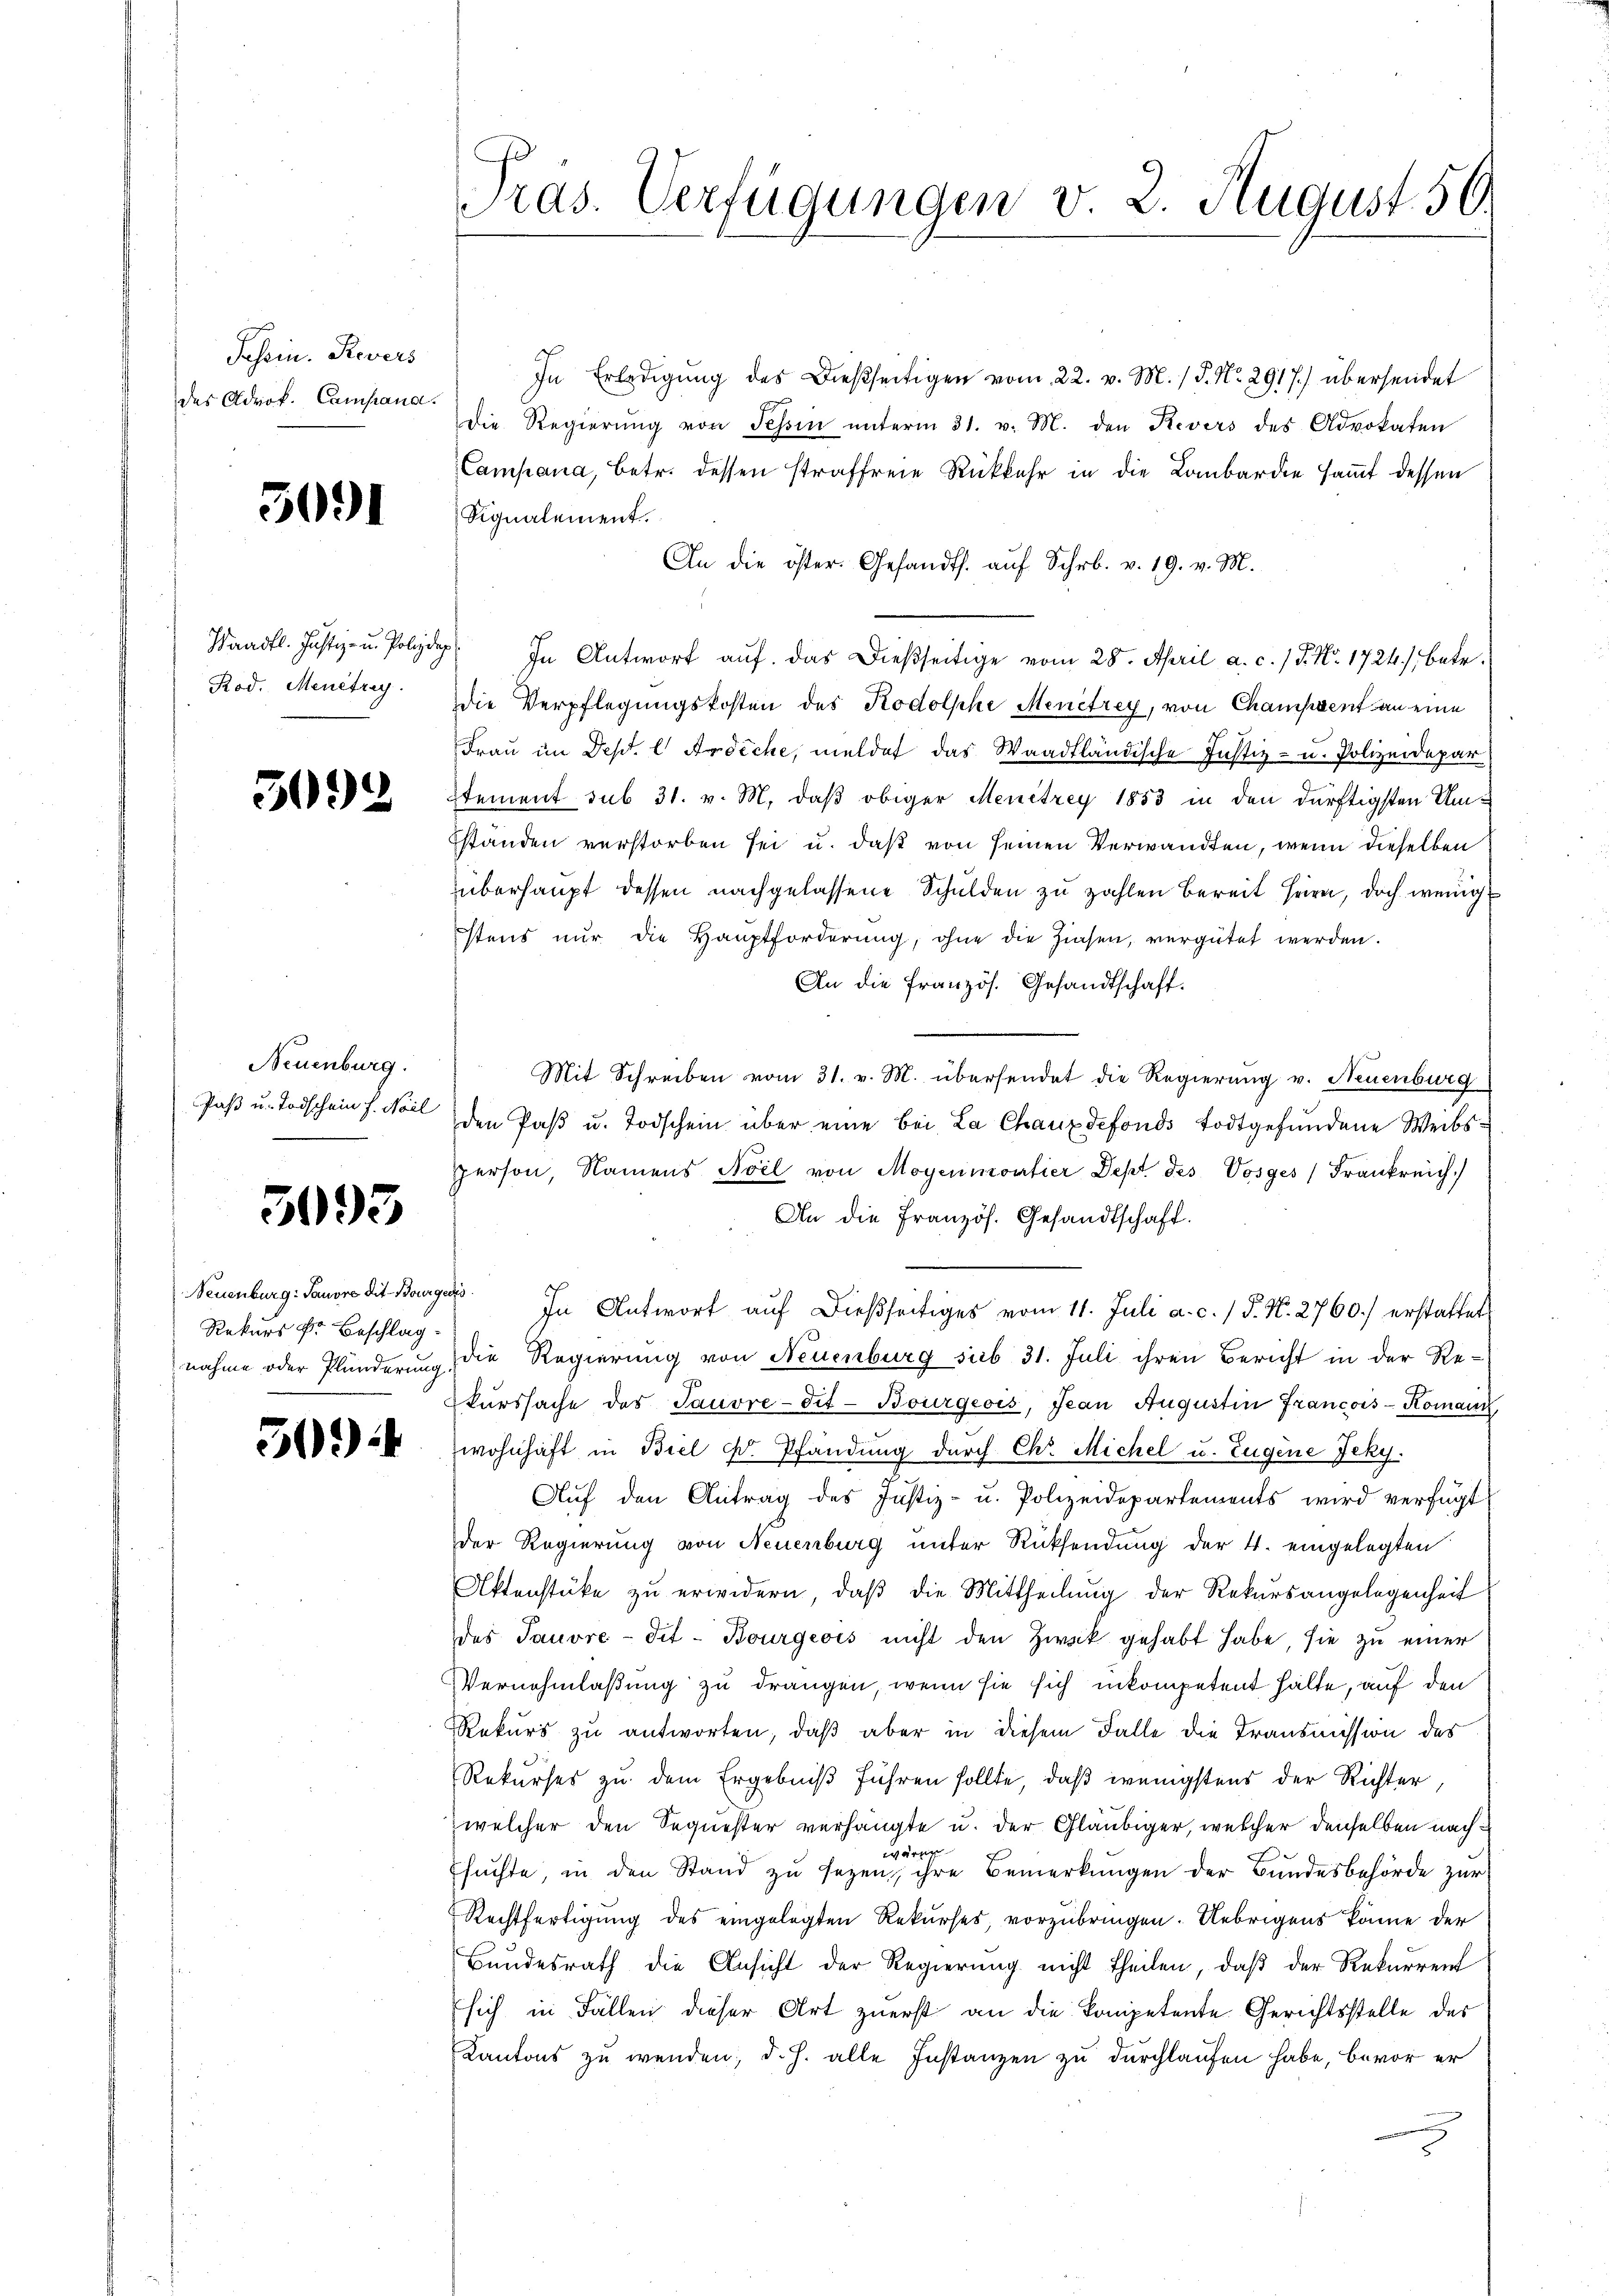
Tessin. Revers
des Advok. Campana.

5091

Waadt. Justiz- u. Polize
Rod. Menêtrey.

5092

Neuenburg.
Paß u. Todschein f. Mail

3095

Rekurs Dr. Beschlag.

509)

Pras. Verfügungen v. 2. August 59.

In Erledigŭng des Dießseitigen vom 22. v. M. / 5. No. 2917.) übersendet
die Regierŭng von Schön ŭnterm 31. v. M. den Revers des Advokaten
Campana, betr. dessen straffreie Rückkehr in die Lombarden sammt dessen
Signalement.
An die öster. Gesandts. aŭf Schr. v. 19. v. M.
 In Antwort auf das dießseitige vom 28. April a. c. 1 S. Nr. 1724), betr.
die Verpflegungskosten des Kodolphe Menetrey, von Champrent an eine
Frau im Dept. l. Ansiche, meldet das Waadtländische Justiz- u. Polizeidepar
Stement sub 31. v. M. daß obiger Menetrey 1853 in den dürftigsten Um¬
Eständen verstorben sei u. daß von seinen Verwandten, wenn dieselben
überhaupt dessen nachgelassene Schulden zu zahlen bereit seien, doch wenig
stens nŭr die Hauptforderŭng, ohne die Zinsen, vergütet werden.
An die französ. Gesandtschaft.
Mit Schreiben vom 31. v. M. übersendet die Regierung v. Neuenburg
den Paβ u. Todschein über eine bei La Chauxdefonds todtgefundene Weibspperson, Namens Avil von Moyenmontier Dept des Vosges Frankreich.)
An die Französ. Gesandtschaft.
Neuenburg. Sanore die Bourger. In Antwort aŭf dießseitiges vom 11. Juli a. c. / P. N. 2760.) erstattet
nahme oder Plünderung, die Regierung von Neuenburg sieb 31. Juli ihren Bericht in der Rekurssache des Sauvre-dit- Bourgeois, Jean Augustin Francois-Komann,
wohnhaft in Biel F. Pfändung durch Chr. Michel u. Eugene Jeky.
Auf den Antrag des Justiz- u. Polizeidepartements wird verfügt
der Regierung von Neuenburg unter Rücksendung der 4. eingelegten
Aktenstüke zu erwidern, daß die Mittheilung der Rekursangelegenheit
des Tauvre-dit- Bourgeois nicht den Zweck gehabt habe, sie zu einer
Vernehmlaßung zu drangen, wenn sie sich inkompetent halte, auf den
Rekurs zu antworten, daß aber in diesem Falle die Transmission des
Rekurses zu dem Ergebniß führen sollte, daß wenigstens der Richter,
welcher den Sequester verhängte u. der Gläubiger, welcher denselben nachwären
sŭchte, in den Stand zŭ sezen, ihre Bemerkungen der Bundesbehörde zur
Rechtfertigung des eingelegten Rekurses, vorzubringen. Uebrigens könne der
Bundesrath die Ansicht der Regierung nicht theilen, daß der Rekurrent
sich in Fällen dieser Art zuerst an die kompetente Gerichtsstelle des
Kantons zu wenden, d. h. alle Instanzen zu durchlaufen habe, bevor er